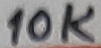
Text: 10K